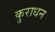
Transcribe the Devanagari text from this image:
कुराधन